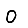
Digit: 0